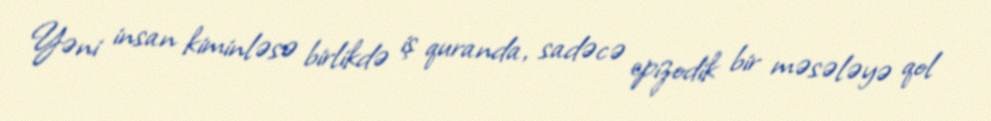
Yəni insan kiminləsə birlikdə iş quranda, sadəcə epizodik bir məsələyə qol